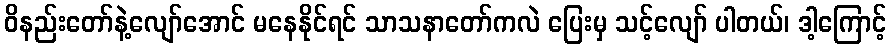
ဝိနည်းတော်နဲ့လျော်အောင် မနေနိုင်ရင် သာသနာတော်ကလဲ ပြေးမှ သင့်လျော် ပါတယ်၊ ဒါ့ကြောင့်